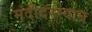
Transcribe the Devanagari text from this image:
मंदीदरम्यान